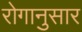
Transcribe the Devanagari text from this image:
रोगानुसार